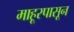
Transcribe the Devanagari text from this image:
माहूरपासून